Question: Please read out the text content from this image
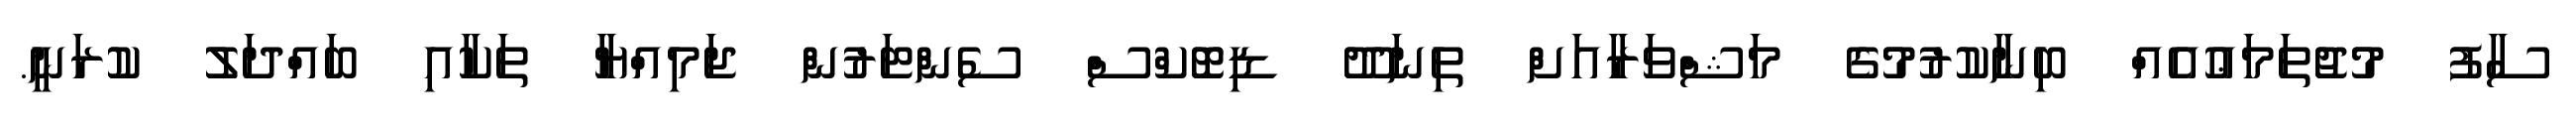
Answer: ސާފު މުޖުތަމަޢުއެއް ބިނާކުރުމުގެ މަޝްވަރާއަށް ތިނަދޫ ޑިޓޮކްސް ސެންޓަރުން ޖަމިއްޔާ ތަކާއި ބައްދަލު ކުރަނީ.